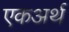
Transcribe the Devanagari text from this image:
एकअर्थ